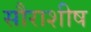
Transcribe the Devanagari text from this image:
सौराशीष